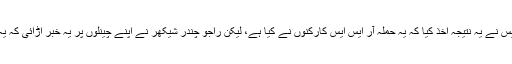
سی سی ٹی وی مناظر کی بنیاد پر پولیس نے یہ نتیجہ اخذ کیا کہ یہ حملہ آر ایس ایس کارکنوں نے کیا ہے، لیکن راجو چندر شیکھر نے اپنے چینلوں پر یہ خبر اڑائی کہ یہ حملہ سی پی ایم کارکنوں نے کیا ہے۔